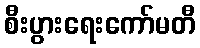
စီးပွားရေးကော်မတီ